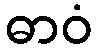
ဓာဝံ